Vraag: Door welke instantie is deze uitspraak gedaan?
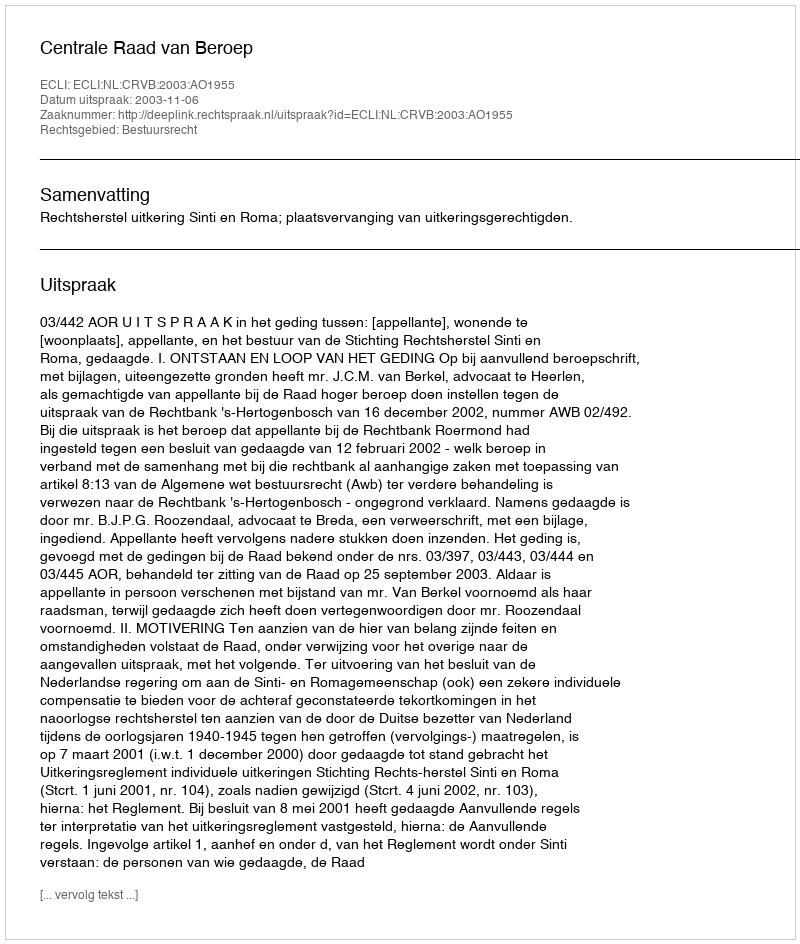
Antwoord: Centrale Raad van Beroep